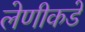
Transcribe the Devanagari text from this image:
लेणीकडे